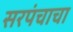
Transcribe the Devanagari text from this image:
सरपंचाचा